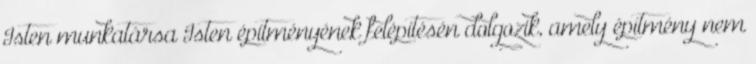
Isten munkatársa Isten építményének felépítésén dolgozik, amely építmény nem